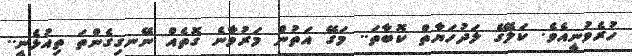
ހުރެވުނީއެވެ. ކަލޭގެ ލަދުހަޔާތް ކޮބާތަ.. މަގޭ އަތުން މަރުވާނެ ގޮތެއް ނޭނގިގެންތަ ތިއުޅެނީ..